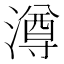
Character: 澊